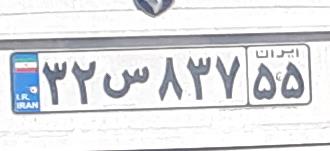
۳۲ص۸۳۷۵۵